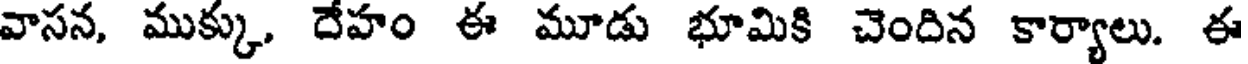
వాసన, ముక్కు, దేహం ఈ మూడు భూమికి చెందిన కార్యాలు. ఈ